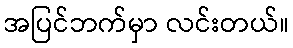
အပြင်ဘက်မှာ လင်းတယ်။